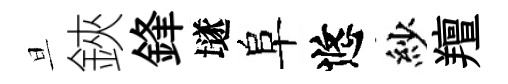
旦鋏鋒𡑞阜悠紗羶